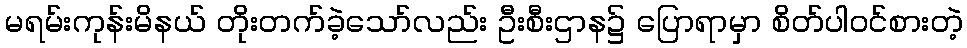
မရမ်းကုန်းမိနယ် တိုးတက်ခဲ့သော်လည်း ဦးစီးဌာန၌ ပြောရာမှာ စိတ်ပါဝင်စားတဲ့